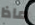
ماذا